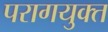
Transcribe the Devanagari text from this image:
परागयुक्त